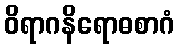
ဝိရာဂနိရောဓစာဂံ